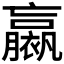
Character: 𧝹